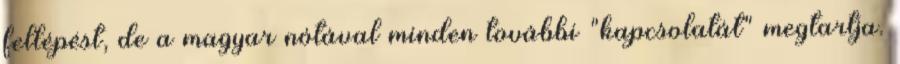
fellépést, de a magyar nótával minden további "kapcsolatát" megtartja.